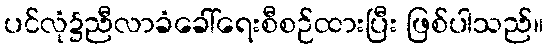
ပင်လုံ၌ညီလာခံခေါ်ရေးစီစဉ်ထားပြီး ဖြစ်ပါသည်။